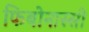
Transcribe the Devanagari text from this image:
फिबोनास्सी